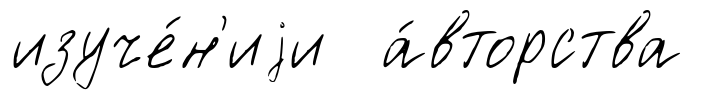
изуче́н'иjи а́вторства